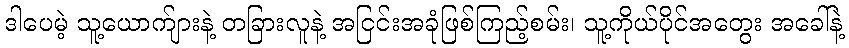
ဒါပေမဲ့ သူ့ယောက်ျားနဲ့ တခြားလူနဲ့ အငြင်းအခုံဖြစ်ကြည့်စမ်း၊ သူ့ကိုယ်ပိုင်အတွေး အခေါ်နဲ့